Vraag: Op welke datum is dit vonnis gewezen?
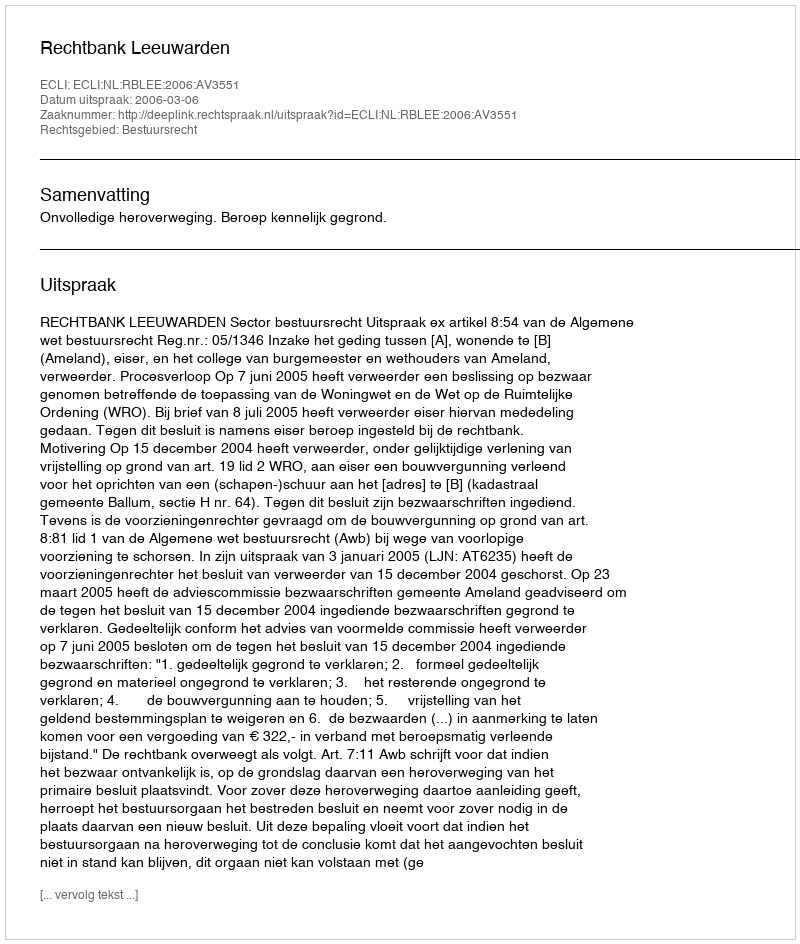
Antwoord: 2006-03-06